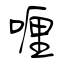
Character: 喱